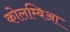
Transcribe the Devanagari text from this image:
कोलम्बिआ